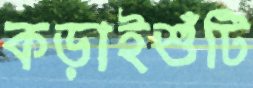
কড়াইশুঁটি